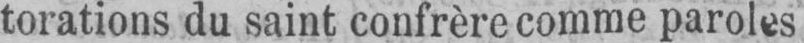
torations du saint confrère comme paroles